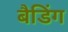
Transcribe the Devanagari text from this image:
बैडिंग